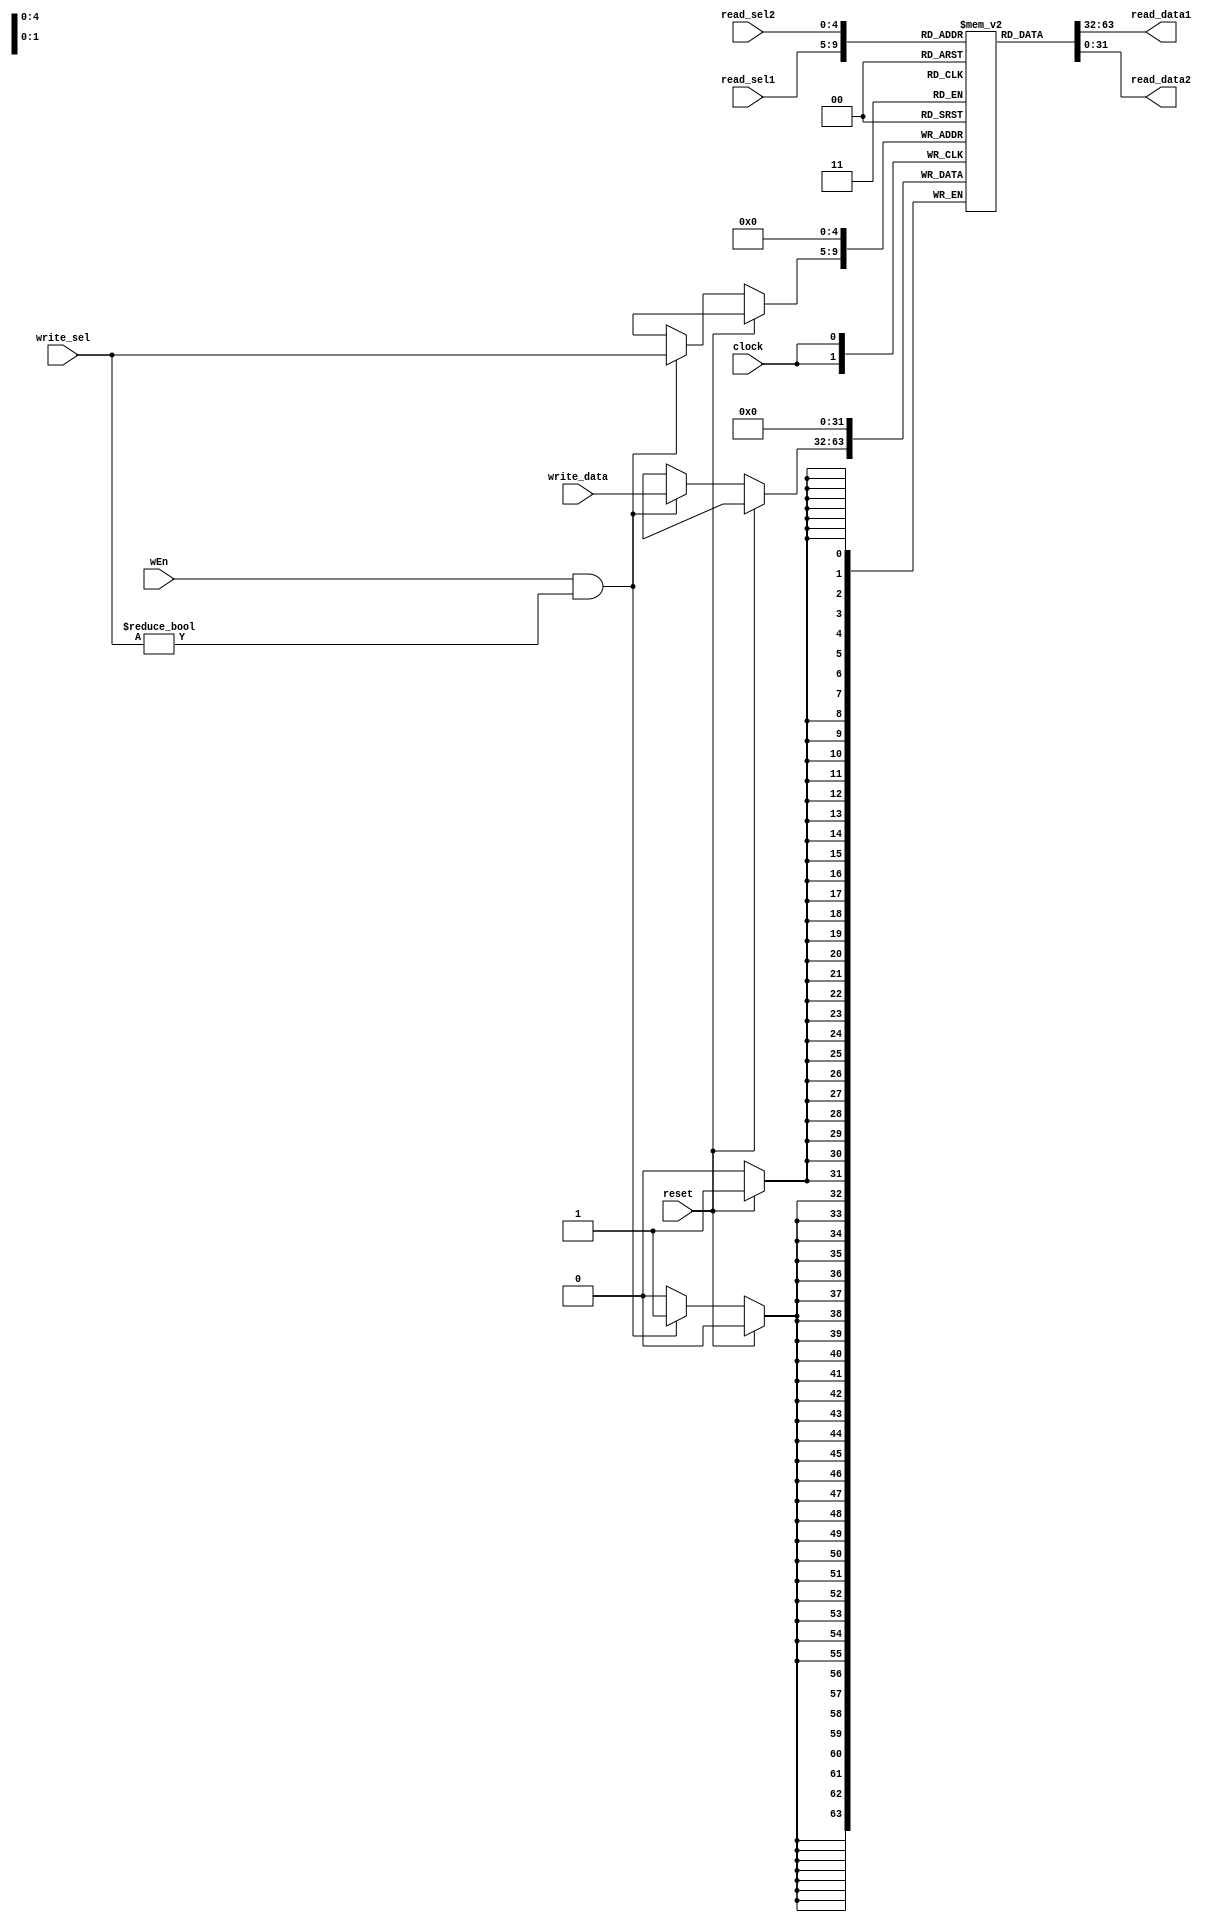
// Name: Nadim El Helou, Karim Khalil
// BU ID: U36258772, U35935771
// EC413 Project: Register File

`timescale 1ns / 1ps

module regFile (
  input clock,
  input reset,
  input wEn, // Write Enable
  input [31:0] write_data,
  input [4:0] read_sel1,
  input [4:0] read_sel2,
  input [4:0] write_sel,
  output [31:0] read_data1,
  output [31:0] read_data2
);

reg   [31:0] reg_file[0:31];

/******************************************************************************
*                      Start Your Code Here
******************************************************************************/

always @(posedge clock) begin
    if(reset) begin
        reg_file[0] <= 0;
    end else begin
        if (wEn && (write_sel != 5'b00000)) begin
            reg_file[write_sel] <= write_data;
        end
    end
end

assign read_data1 = reg_file[read_sel1];
assign read_data2 = reg_file[read_sel2];

endmodule